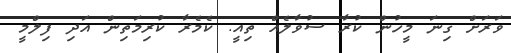
ވަރަށް ގިނަ މީހުން ކުރާ ސުވާލެއް ތިއީ. ކެމެރާ ކުރިމަތިން އަދި ފިލްމީ